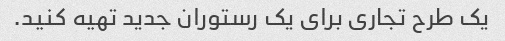
یک طرح تجاری برای یک رستوران جدید تهیه کنید.